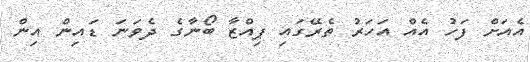
އެއަށް ފަހު އެއް އަހަރު ތެރޭގައި ޕިއްޒާ ބޯނާގެ ދެވަނަ ޑައިން އިން